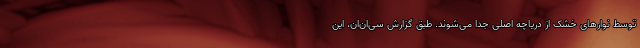
توسط نوارهای خشک از دریاچه اصلی جدا می‌شوند. طبق گزارش سی‌ان‌ان، این